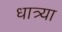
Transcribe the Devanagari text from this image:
धात्र्या